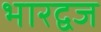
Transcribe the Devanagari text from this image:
भारद्वज